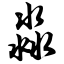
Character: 淼